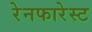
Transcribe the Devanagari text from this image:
रेनफारेस्ट